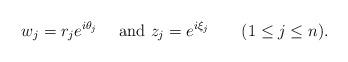
LaTeX: \begin{align*}w_j=r_je^{i\theta_j}\quad\mbox{ and }z_j=e^{i\xi_j}\quad\quad(1\leq j\leq n).\end{align*}